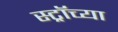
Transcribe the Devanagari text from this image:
स्ट्रॉच्या